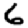
Digit: 6